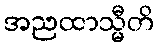
အညထာသ္မီတိ